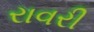
રાવરી